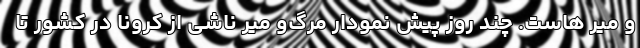
و میر هاست. چند روز پیش نمودار مرگ‌و میر ناشی از کرونا در کشور تا